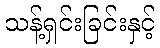
သန့်ရှင်းခြင်းနှင့်